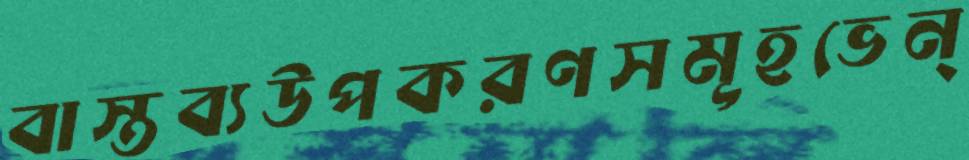
বাস্তব্যউপকরণসমূহভেন্